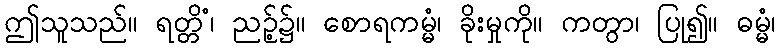
ဤသူသည်။ ရတ္တိံ၊ ညဉ့်၌။ စောရကမ္မံ၊ ခိုးမှုကို။ ကတွာ၊ ပြု၍။ ဓမ္မံ၊